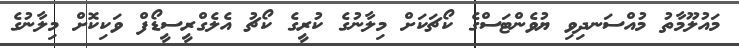
މައުލޫމާތު މުއްސަނދިވި ޔުވެންޓަސްގެ ކޯޗަކަށް މިލާނުގެ ކުރީގެ ކޯޗު އެލެގްރީސީޑޯފް ވަކިކޮށް މިލާނުގެ